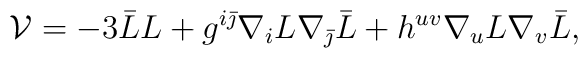
{\cal V} = -3 \bar L L + g^{i\bar \jmath} \nabla_i L \nabla_{\bar \jmath} \bar L +  h^{uv} \nabla_u L \nabla_v \bar L ,